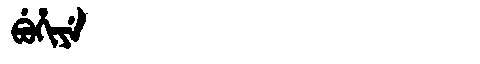
Manchu: ᠪᡠᡥᡳᠶᡝ
Romanization: BUHIYE